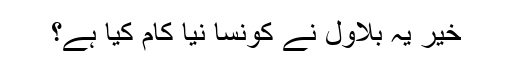
خیر یہ بلاول نے کونسا نیا کام کیا ہے؟